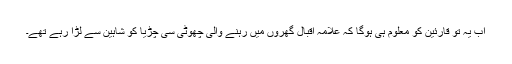
اب یہ تو قارئین کو معلوم ہی ہوگا کہ علامہ اقبالؒ گھروں میں رہنے والی چھوٹی سی چڑیا کو شاہین سے لڑا رہے تھے۔